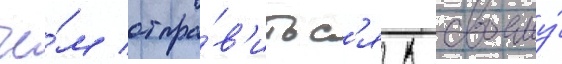
че́м отпра́в'итьс'я к своему́